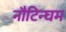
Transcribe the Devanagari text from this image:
नौटिन्घम